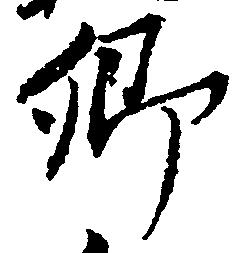
郷